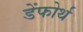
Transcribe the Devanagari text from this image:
डेंफोर्थ